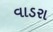
વાડરા